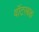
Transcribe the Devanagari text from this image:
वॉटरबक